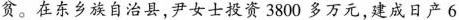
脱贫。在东乡族自治县，尹女士投资3800多万元，建成日产6